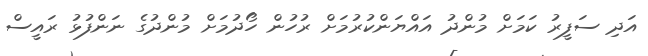
އަދި ސަފީރު ކަމަށް މުންދު އައްޔަންކުރުމަށް ރުހުން ހޯދުމަށް މުންދުގެ ނަންފުޅު ރައީސް